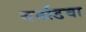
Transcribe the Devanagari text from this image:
बर्नाडचा